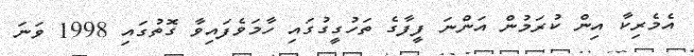
އެމެރިކާ އިން ކުރަމުން އަންނަ ފީފާގެ ތަހުގީގުގައި ހާމަވެފައިވާ ގޮތުގައި 1998 ވަނަ